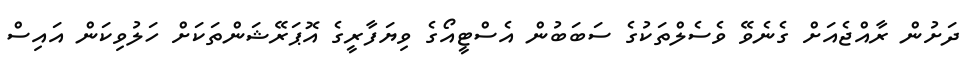
ދަށުން ރާއްޖެއަށް ގެނެވޭ ވެސެލްތަކުގެ ސަބަބުން އެސްޓީއޯގެ ވިޔަފާރީގެ އޮޕަރޭޝަންތަކަށް ހަލުވިކަން އައިސް